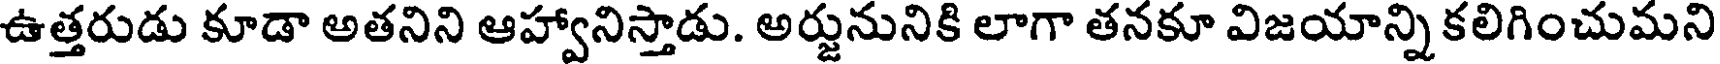
ఉత్తరుడు కూడా అతనిని ఆహ్వానిస్తాడు. అర్జునునికి లాగా తనకూ విజయాన్ని కలిగించుమని